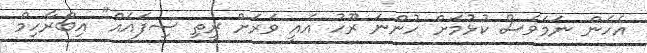
އެހެން ނަމަވެސް ކުޅުމަށް ހުންނަ ރޫހު އެއީ ވަރަށް ރީތި ސިފައެއް" އިބްރާހިމް